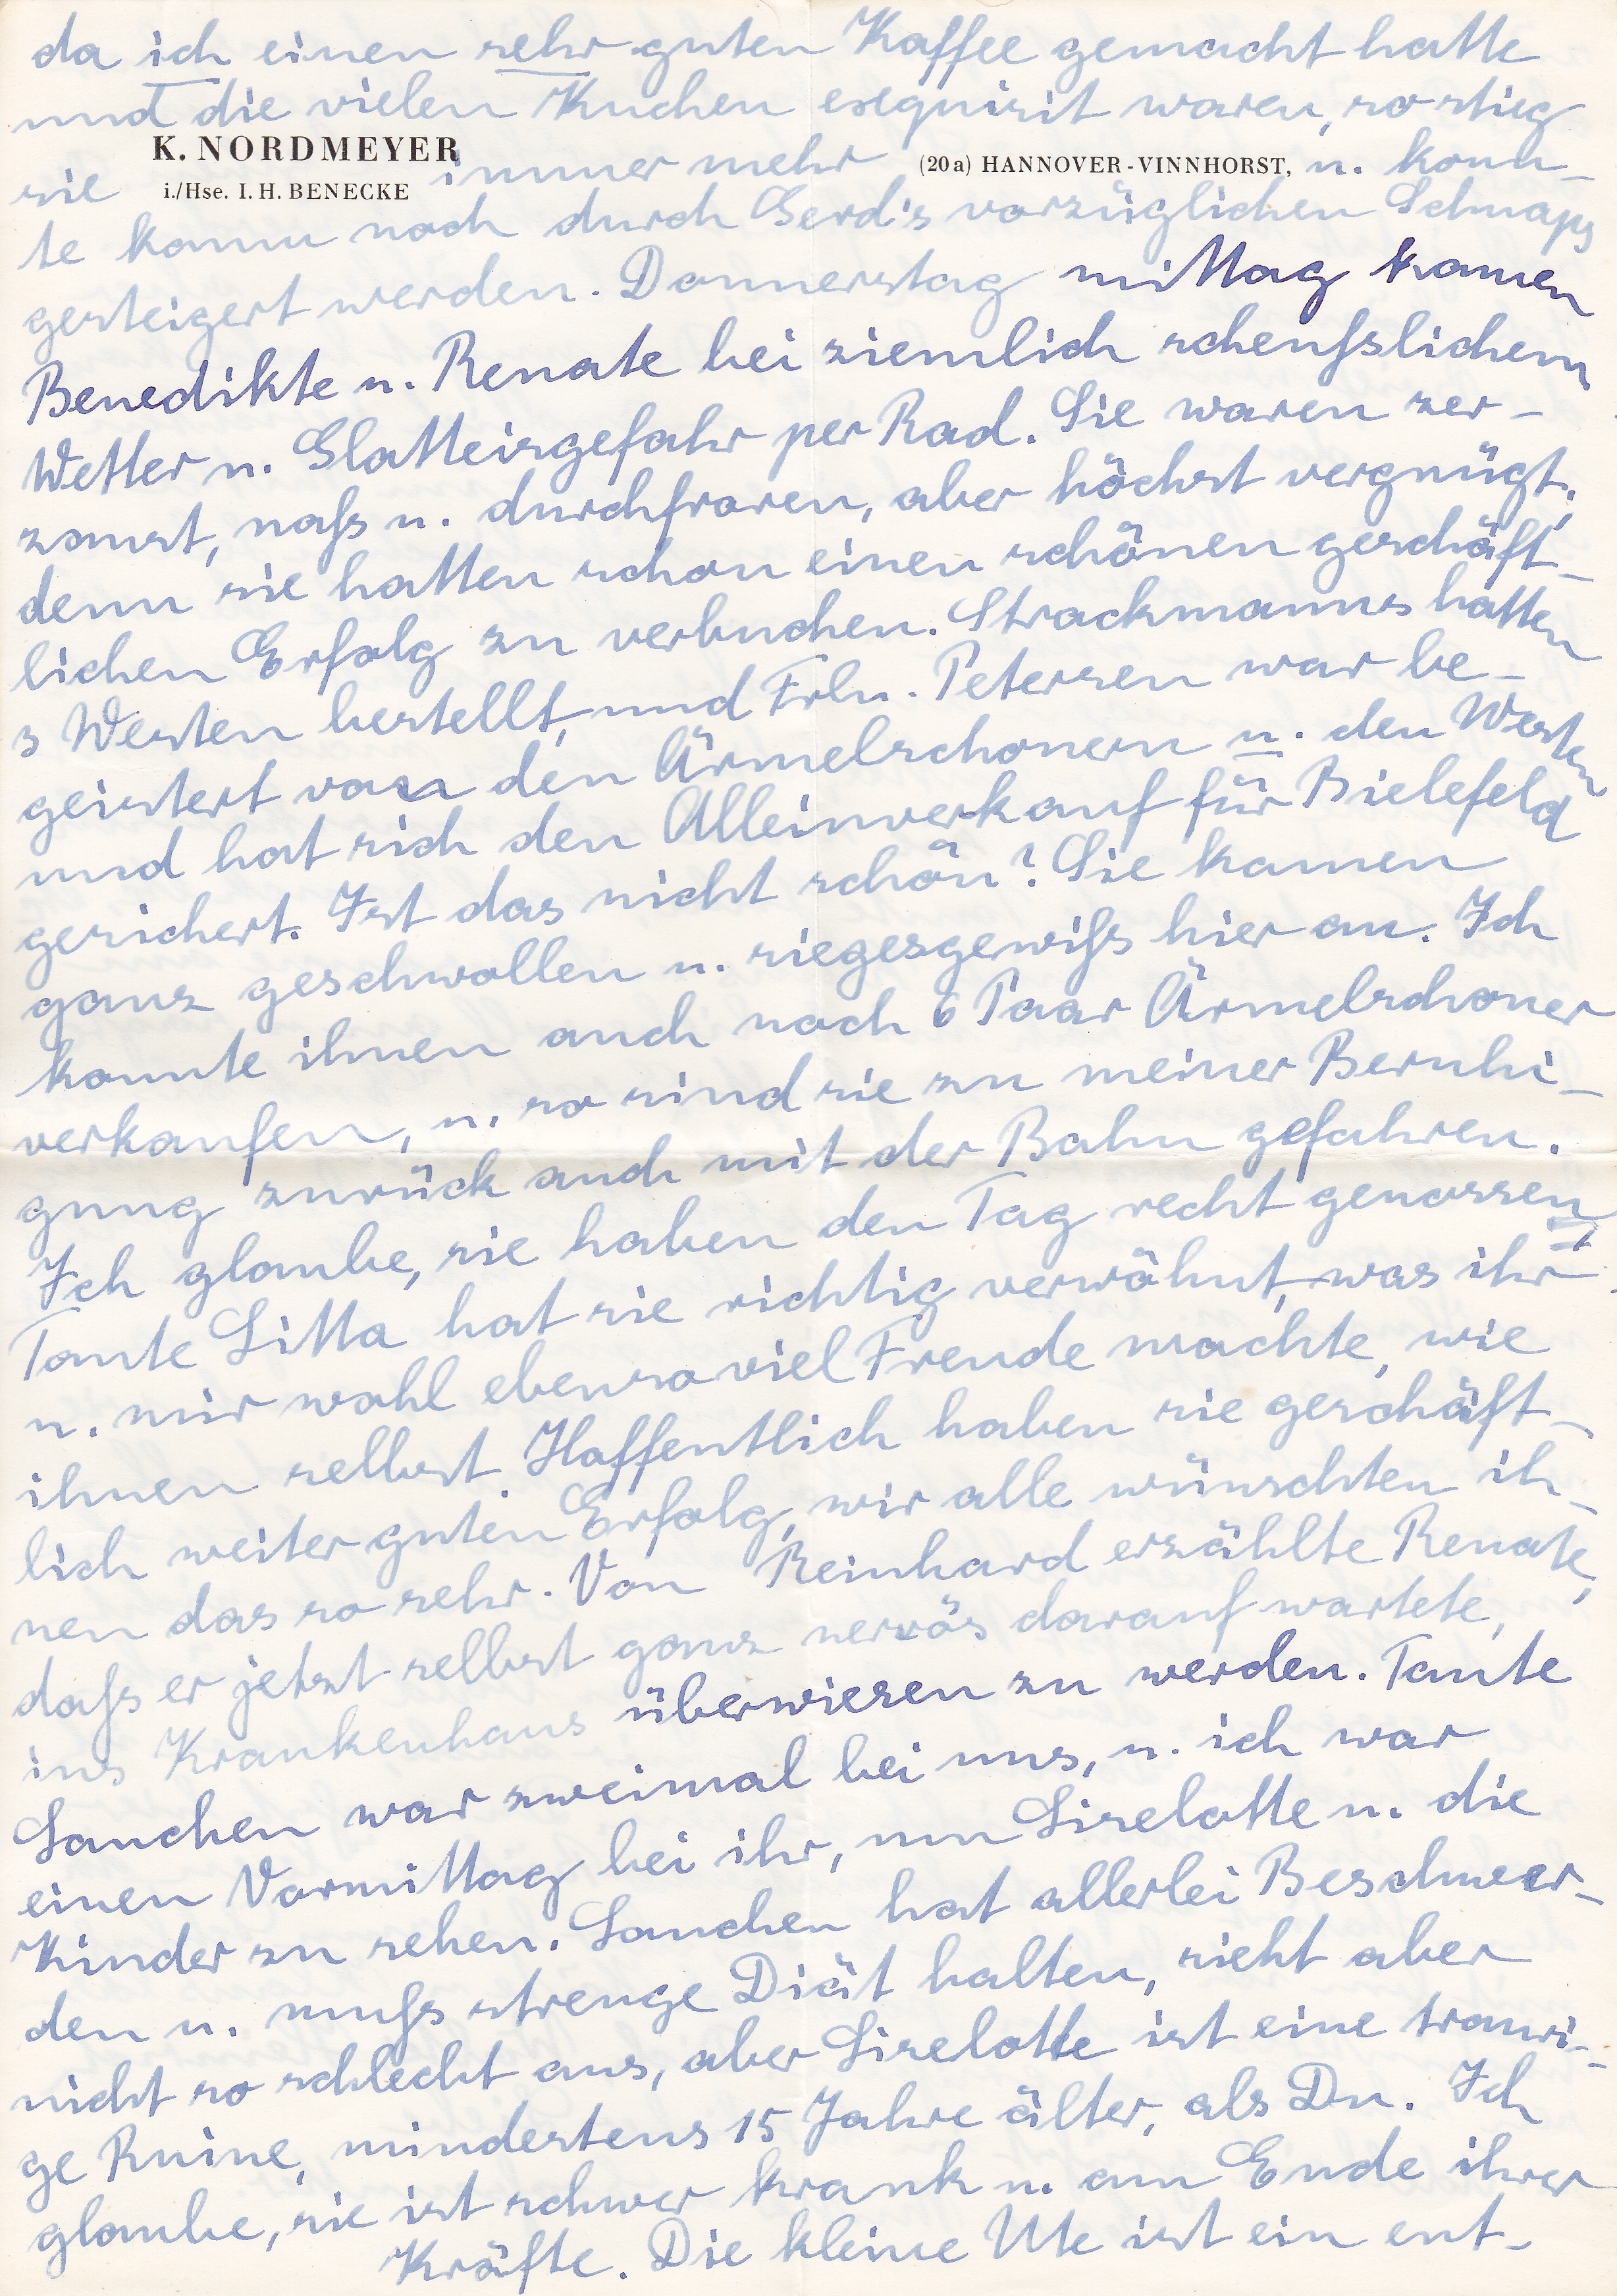
da ich einen sehr guten Kaffee gemacht hatte
und die vielen Kuchen exquisit waren, so stieg
immer mehr
u. konn
sie
te kaum noch durch Gerdis vorzüglichen Schnaps
gesteigert werden. Donnerstag mittag kamen
Benedikte u. Renate bei ziemlich scheußlichem
Wetter u. Glatteisgefahr per Rad. Sie waren zer
saust, naß u. durchgefroren, aber höchst vergnügt
denn die hatten schon einen schönen geschäft
lichen Erfolg zu verbuchen. Strachmanns hatten
3 Westen bestellt und Frln. Petersen war be
geistert von den Ärmelschonern u. den Westen
und hat sich den Alleinverkauf für Bielefeld
gesichert. Ist das nicht schön? Sie kamen
ganz geschwollen u. siegesgewiß hier an. Ich
konnte ihnen auch noch 6 Paar Ärmelschoner
verkaufen, u. so sind sie zu meiner Beruhi
gung zurück auch mit der Bahn gefahren.
Ich glaube, sie haben den Tag recht genossen
Tante Litta hat sie richtig verwöhnt, was ihr
u. mir wohl ebenso viel Freude machte, wie
ihnen selbst. Hoffentlich haben sie geschäft
lich weiter guten Erfolg wir alle wünschten ih
nendas so sehr. Von Reinhard erzählte Renate
daß er jetzt selbst ganz nervös darauf wartete,
ins Krankenhaus überwiesen zu werden. Tante
Sanchen war zweimal bei uns, u. ich war
einen Vormittag bei ihr, um Liselotte u. die
Kinder zu sehen. Sanchen hat allerlei Beschwer
den u. muß strenge Diät halten, sieht aber
nicht so schlecht aus, aber Liselotte ist eine trauri
ge Ruine, mindestens 15 Jahre älter, als Du. Ich
glaube, sie ist schwer krank u. am Ende ihrer
Kräfte. Die kleine Ute ist ein ent